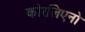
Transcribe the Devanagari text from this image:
कोरलिएनो